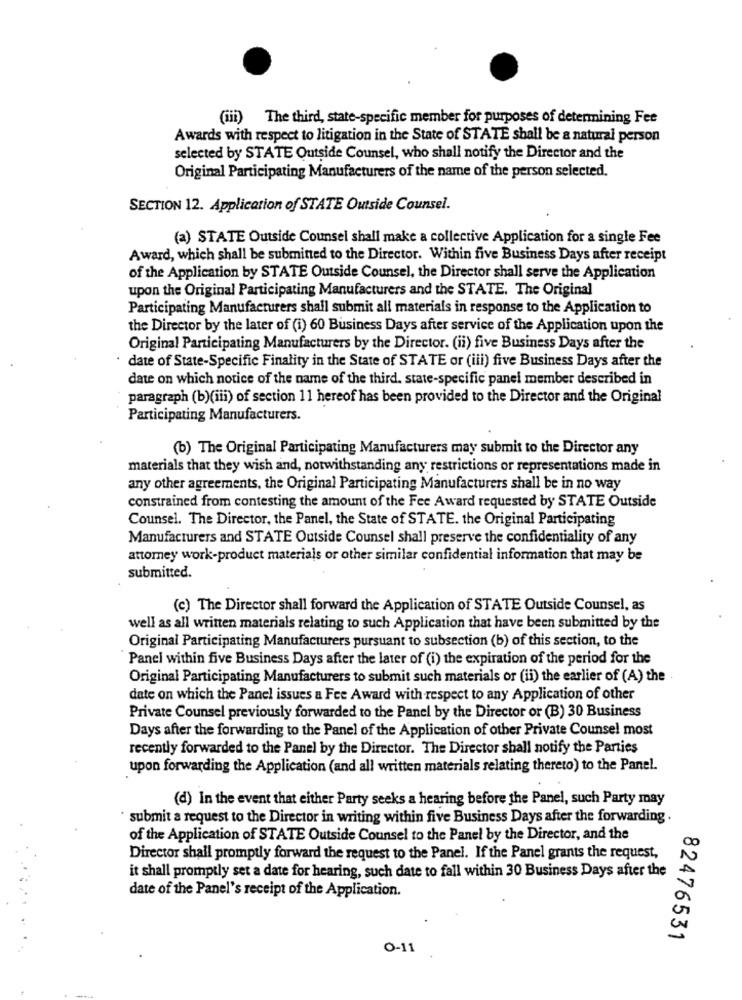
(iii) The third, state-specific member for purposes of determining Fee
Awards with respect to litigation in the State of STATE shall be a natural person
selected by STATE Outside Counsel, who shall notify the Director and the
Original Participating Manufacturers of the name of the person selected.
SECTION 12. Application of STATE Outside Counsel.
(a) STATE Outside Counsel shall make a collective Application for a single Fee
Award, which shall be submitted to the Director. Within five Business Days after receipt
of the Application by STATE Outside Counsel, the Director shall serve the Application
upon the Original Participating Manufacturers and the STATE. The Original
Participating Manufacturers shall submit all materials in response to the Application to
the Director by the later of (i) 60 Business Days after service of the Application upon the
Original Participating Manufacturers by the Director. (ii) five Business Days after the
date of State-Specific Finality in the State of STATE or (iii) five Business Days after the
date on which notice of the name of the third. state-specific panel member described in
paragraph (b)(iii) of section 11 hereof has been provided to the Director and the Original
Participating Manufacturers.
(b) The Original Participating Manufacturers may submit to the Director any
materials that they wish and, notwithstanding any restrictions or representations made in
any other agreements, the Original Participating Manufacturers shall be in no way
constrained from contesting the amount of the Fee Award requested by STATE Outside
Counsel. The Director, the Panel, the State of STATE. the Original Participating
Manufacturers and STATE Outside Counsel shall preserve the confidentiality of any
attorney work-product materials or other similar confidential information that may be
submitted.
(c) The Director shall forward the Application of STATE Outside Counsel, as
well as all written materials relating to such Application that have been submitted by the
Original Participating Manufacturers pursuant to subsection (b) of this section, to the
Panel within five Business Days after the later of (i) the expiration of the period for the
Original Participating Manufacturers to submit such materials or (ii) the earlier of (A) the
date on which the Panel issues a Fee Award with respect to any Application of other
Private Counsel previously forwarded to the Panel by the Director or (B) 30 Business
Days after the forwarding to the Panel of the Application of other Private Counsel most
recently forwarded to the Panel by the Director. The Director shall notify the Parties
upon forwarding the Application (and all written materials relating thereto) to the Panel.
(d) In the event that either Party seeks a hearing before the Panel, such Party may
submit a request to the Director in writing within five Business Days after the forwarding .
of the Application of STATE Outside Counsel to the Panel by the Director, and the
Director shall promptly forward the request to the Panel. If the Panel grants the request,
it shall promptly set a date for hearing, such date to fall within 30 Business Days after the
date of the Panel's receipt of the Application.
82476531
O-11